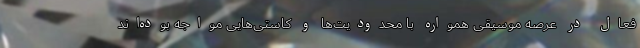
فعال در عرصه موسیقی همواره با محدودیت‌ها و کاستی‌هایی مواجه بوده‌اند